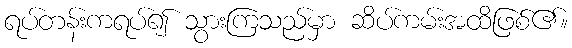
ရပ်တန်းကရပ်၍ သွားကြသည်မှာ ဆိပ်ကမ်းအထိဖြစ်၏။